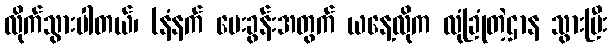
လိုက်သွားပါတယ်၊ (နံနက် မေးခွန်းအတွက် ယနေ့လိုက လုံခြုံတဲ့ဌာန သွားပြီး